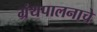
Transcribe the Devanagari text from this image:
ग्रंथपालनाचे